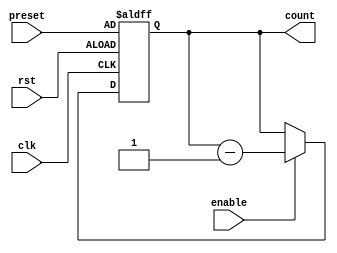
module BinaryDownCounter(
    input wire clk,
    input wire rst,
    input wire enable,
    input wire [3:0] preset,
    output reg [3:0] count
);

always @(posedge clk or posedge rst) begin
    if (rst) begin
        count <= preset;
    end else begin
        if (enable) begin
            count <= count - 1;
        end
    end
end

endmodule